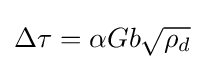
\Delta \tau =\alpha Gb{\sqrt {\rho _{d}}}